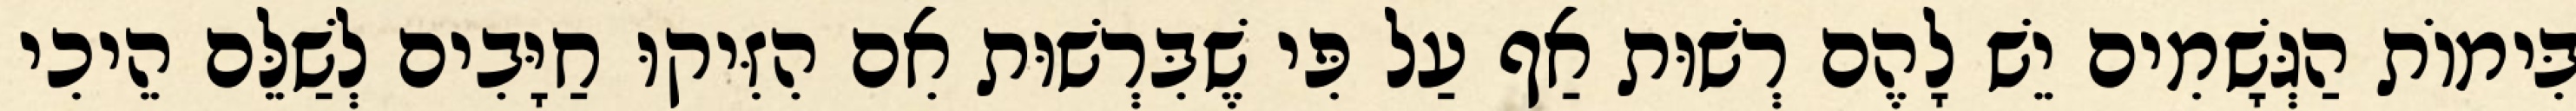
בִּימוֹת הַגְּשָׁמִים יֵשׁ לָהֶם רְשׁוּת אַף עַל פִּי שֶׁבִּרְשׁוּת אִם הִזִּיקוּ חַיָּבִים לְשַׁלֵּם הֵיכִי